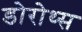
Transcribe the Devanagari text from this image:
डोरोथ्स